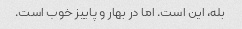
بله، این است. اما در بهار و پاییز خوب است.